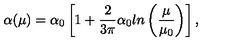
\alpha ( \mu ) = \alpha _ { 0 } \left[ 1 + \frac { 2 } { 3 \pi } \alpha _ { 0 } l n \left( \frac { \mu } { \mu _ { 0 } } \right) \right] ,